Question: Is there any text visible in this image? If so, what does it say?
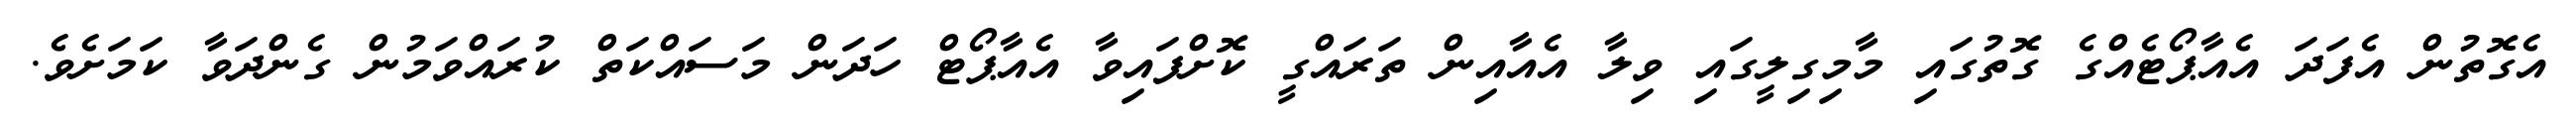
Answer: އެގޮތުން އެފަދަ އެއާޕޯޓެއްގެ ގޮތުގައި މާމިގިލީގައި ވިލާ އެއާއިން ތަރައްގީ ކޮށްފައިވާ އެއާޕޯޓް ހަދަން މަސައްކަތް ކުރައްވަމުން ގެންދަވާ ކަމަށެވެ.